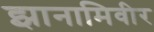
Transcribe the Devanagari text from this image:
झानामिवीर